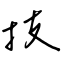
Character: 技